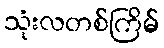
သုံးလတစ်ကြိမ်